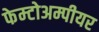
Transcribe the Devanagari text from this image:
फेम्टोअम्पीयर